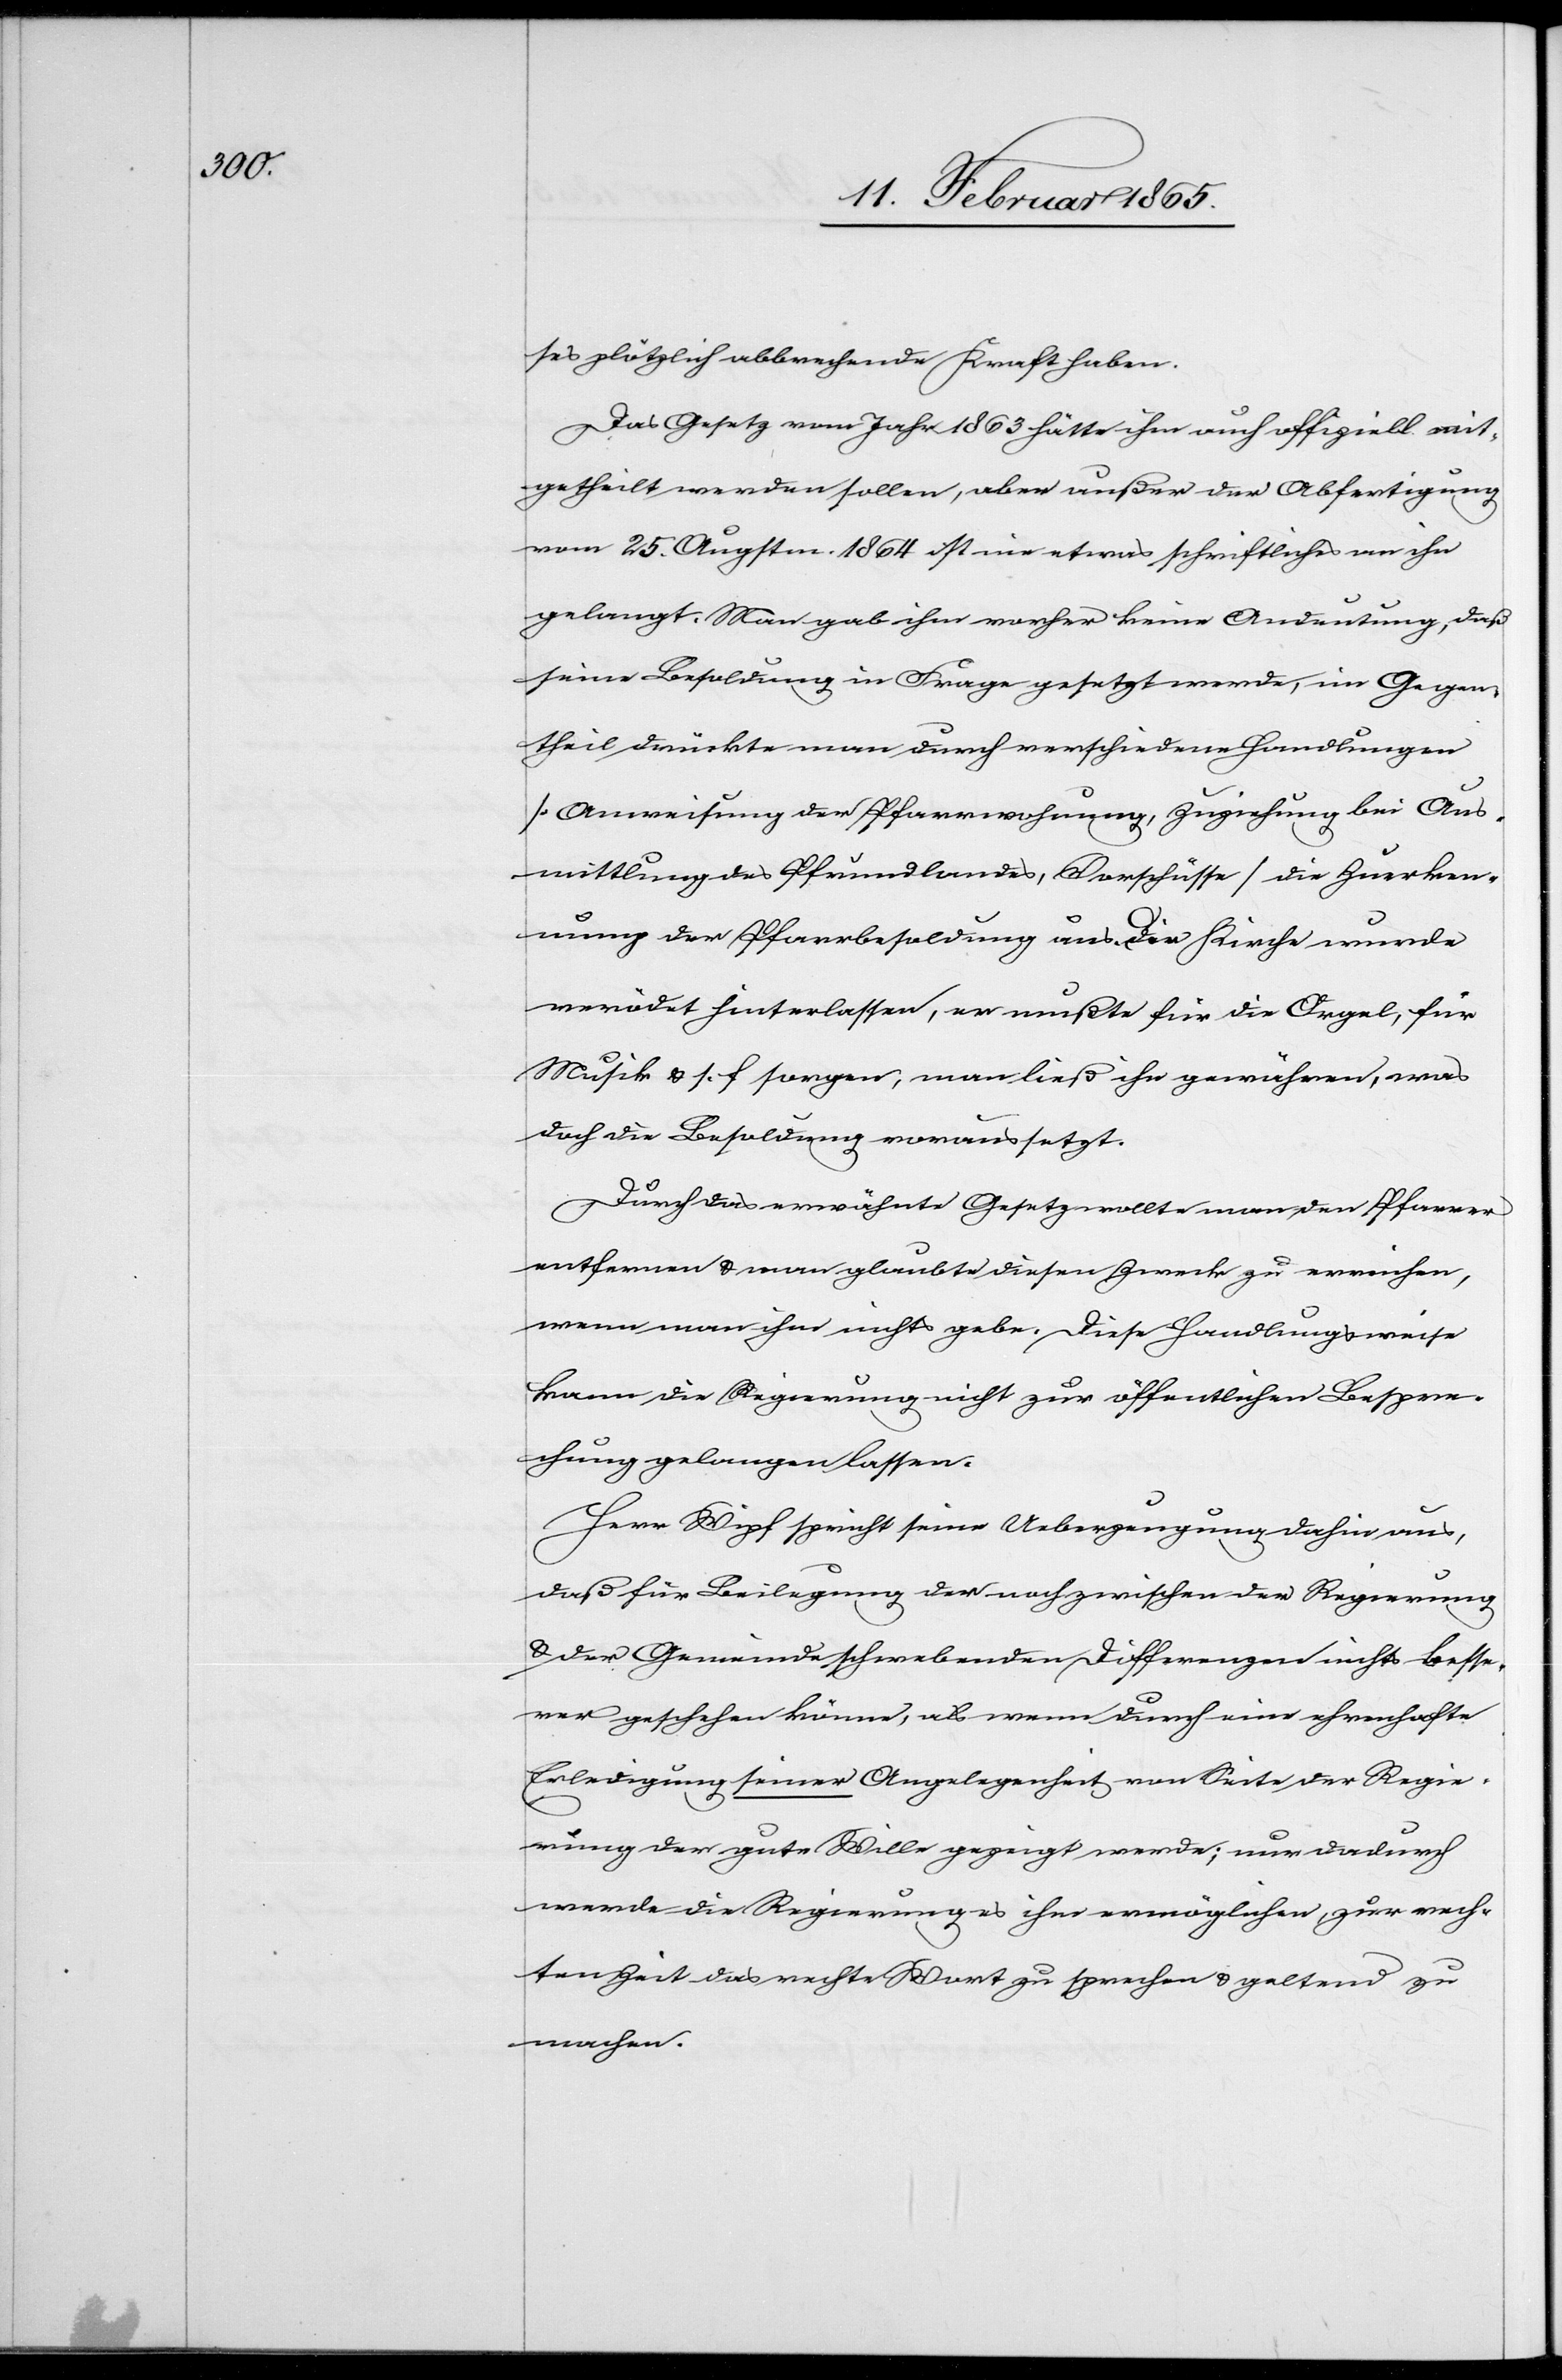
ses plötzlich abbrechende Kraft haben.
Das Gesetz vom Jahr 1863 hätte ihm auch offiziell mit¬
getheilt werden sollen, aber außer der Abfertigung
vom 25. Augstm. 1864 ist nie etwas schriftliches an ihn
gelangt. Man gab ihm vorher keine Andeutung, daß
seine Besoldung in Frage gesetzt werde, im Gegen¬
theil drückte man durch verschiedene Handlungen
[Anweisung der Pfarrwohnung, Zuziehung bei Aus¬
mittlung des Pfrundlands, Vorschüsse] die Zuerken¬
nung der Pfarrbesoldung aus. Die Kirche wurde
verödet hinterlassen, er mußte für die Orgel, für
Musik u. s. f. sorgen, man ließ ihn gewähren, was
doch die Besoldung voraussetzt.
Durch das erwähnte Gesetz wollte man den Pfarrer
entfernen u. man glaubt diesen Zweck zu erreichen,
wenn man ihm nichts gebe. Diese Handlungsweise
kann die Regierung nicht zur öffentlichen Bespre¬
chung gelangen lassen.
Herr Wipf spricht seine Ueberzeugung dahin aus,
daß für Beilegung der noch zwischen der Regierung
u. der Gemeinde schwebenden Differenzen nichts bess¬
er geschehen könne, als wenn durch eine ehrenhafte
Erledigung seiner Angelegenheit von Seite der Regie¬
rung der gute Wille gezeigt werde; nur dadurch
werde die Regierung es ihm ermöglichen, zur rech¬
ten Zeit das rechte Wort zu sprechen u. geltend
zu
machen.